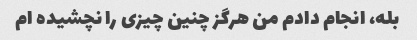
بله، انجام دادم من هرگز چنین چیزی را نچشیده ام